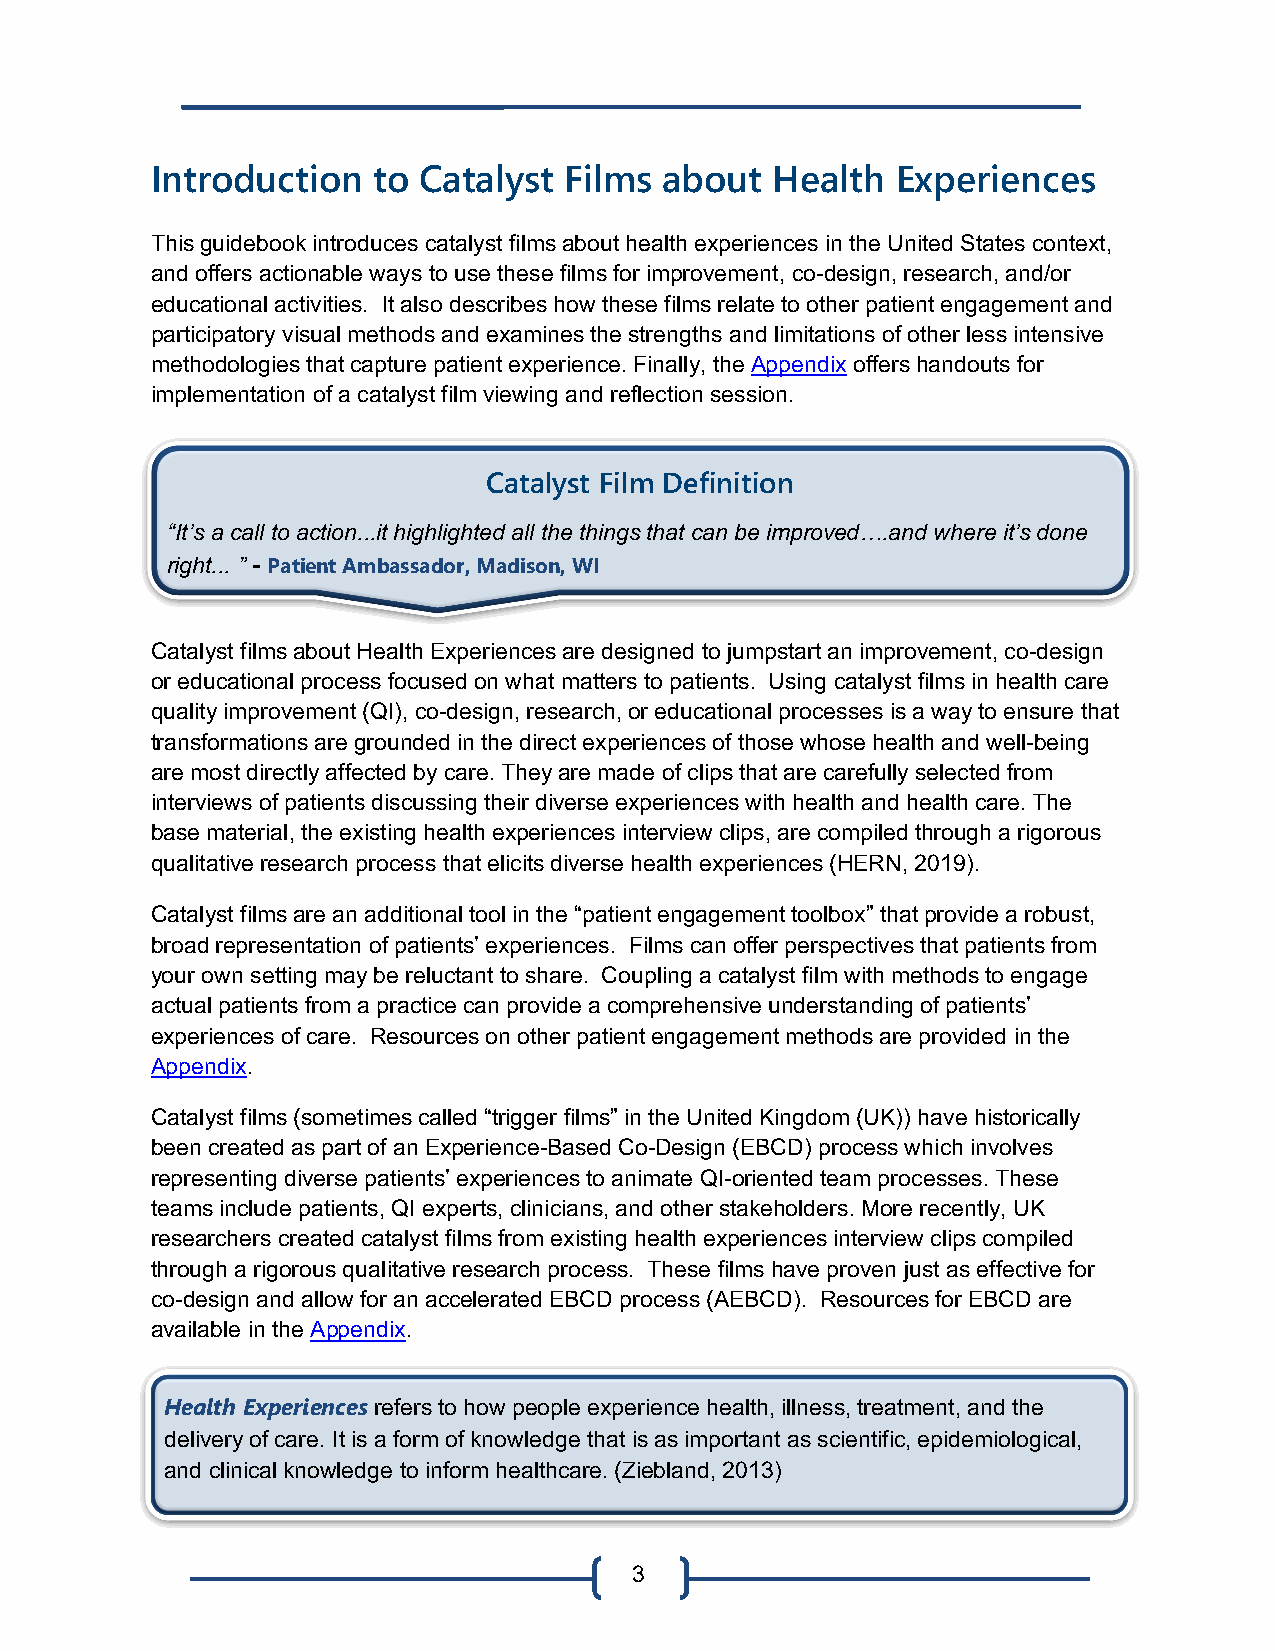
Introduction   to Catalyst Films  about  Health  Experiences
 This guidebook introduces catalyst films about health experiences in the United States context,
 and offers actionable ways to use these films for improvement, co-design, research, and/or
 educational activities. It also describes how these films relate to other patient engagement and
 participatory visual methods and examines the strengths and limitations of other less intensive
 methodologies that capture patient experience. Finally, the Appendix offers handouts for
 implementation of a catalyst film viewing and reflection session.
 Catalyst Film Definition
 “It’s a call to action...it highlighted all the things that can be improved….and where it’s done
 right... ” - Patient Ambassador, Madison, WI
 Catalyst films about Health Experiences are designed to jumpstart an improvement, co-design
 or educational process focused on what matters to patients. Using catalyst films in health care
 quality improvement (QI), co-design, research, or educational processes is a way to ensure that
 transformations are grounded in the direct experiences of those whose health and well-being
 are most directly affected by care. They are made of clips that are carefully selected from
 interviews of patients discussing their diverse experiences with health and health care. The
 base material, the existing health experiences interview clips, are compiled through a rigorous
 qualitative research process that elicits diverse health experiences (HERN, 2019).
 Catalyst films are an additional tool in the “patient engagement toolbox” that provide a robust,
 broad representation of patients’ experiences. Films can offer perspectives that patients from
 your own setting may be reluctant to share. Coupling a catalyst film with methods to engage
 actual patients from a practice can provide a comprehensive understanding of patients’
 experiences of care. Resources on other patient engagement methods are provided in the
 Appendix.
 Catalyst films (sometimes called “trigger films” in the United Kingdom (UK)) have historically
 been created as part of an Experience-Based Co-Design (EBCD) process which involves
 representing diverse patients’ experiences to animate QI-oriented team processes. These
 teams include patients, QI experts, clinicians, and other stakeholders. More recently, UK
 researchers created catalyst films from existing health experiences interview clips compiled
 through a rigorous qualitative research process. These films have proven just as effective for
 co-design and allow for an accelerated EBCD process (AEBCD). Resources for EBCD are
 available in the Appendix.
 Health Experiences refers to how people experience health, illness, treatment, and the
 delivery of care. It is a form of knowledge that is as important as scientific, epidemiological,
 and clinical knowledge to inform healthcare. (Ziebland, 2013)
 3